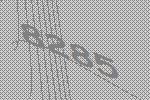
8285